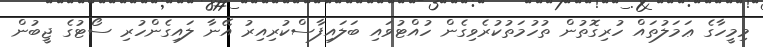
މިމީހާގެ ޢަމަލުތައް ހުރިގޮތުން ތުހުމަތުކުރެވިގެން ހުއްޓުވައި ބަލައިފާސްކުރިއިރު އޭނާ ލައިގެންހުރި ސޯޓުގެ ޖީބުން